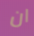
ان